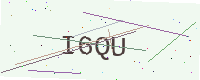
Text: I6QU